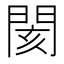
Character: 閡